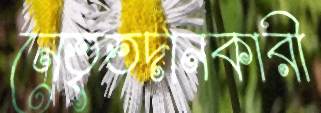
নেতৃতদানকারী